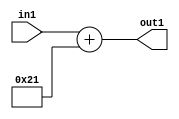
`timescale 1ps / 1ps
/*****************************************************************************
    Verilog RTL Description
    
    
    Created by: Stratus DpOpt 2019.1.01 
*******************************************************************************/

module DC_Filter_Add_12U_146_1 (
	in1,
	out1
	); /* architecture "behavioural" */ 
input [11:0] in1;
output [11:0] out1;
wire [11:0] asc001;

assign asc001 = 
	+(in1)
	+(12'B000000100001);

assign out1 = asc001;
endmodule

/* CADENCE  urj3Qg4= : u9/ySgnWtBlWxVPRXgAZ4Og= ** DO NOT EDIT THIS LINE ******/